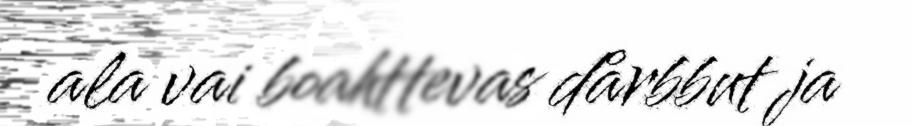
ala vai boahttevas dårbbut ja